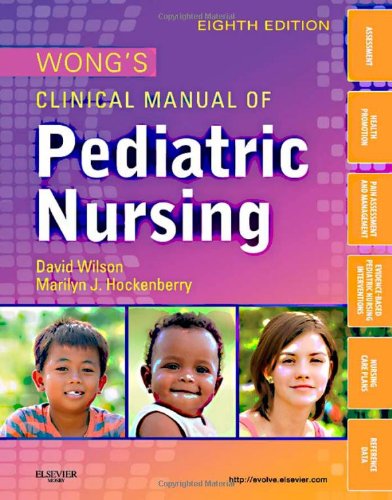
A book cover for Wong's Clinical Manual of Pediatric Nursing, 8e (Clinical Manual of Pediatric Nursing (Wong)); David Wilson MS  RNC-NIC; Medical Books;